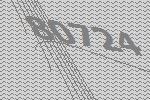
80724